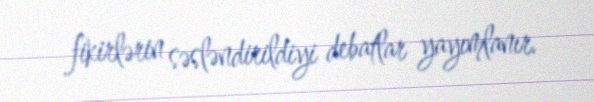
fikirlərin səsləndirildiyi debatlar yayımlanır.